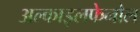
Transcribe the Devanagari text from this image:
अल्काइलफेनोल